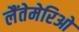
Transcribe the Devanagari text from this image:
लैंतेमेरिओ